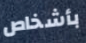
بأشخاص